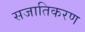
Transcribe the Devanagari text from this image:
सजातिकरण